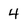
Character: 4